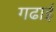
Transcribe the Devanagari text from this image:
गढाई